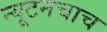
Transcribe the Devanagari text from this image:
न्यूटनचाच